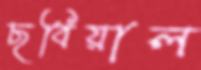
ছবিয়াল